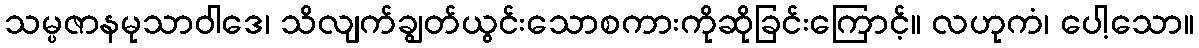
သမ္ပဇာနမုသာဝါဒေ၊ သိလျက်ချွတ်ယွင်းသောစကားကိုဆိုခြင်းကြောင့်။ လဟုကံ၊ ပေါ့သော။